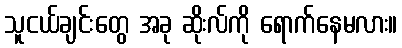
သူငယ်ချင်းတွေ အခု ဆိုးလ်ကို ရောက်နေမလား။